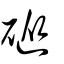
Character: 磫